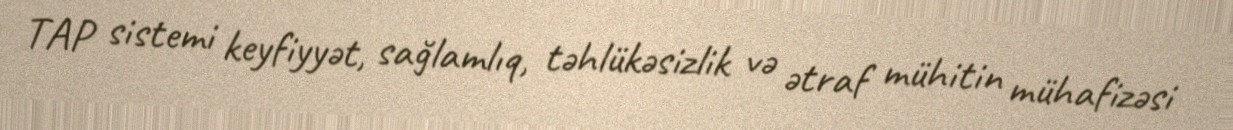
TAP sistemi keyfiyyət, sağlamlıq, təhlükəsizlik və ətraf mühitin mühafizəsi